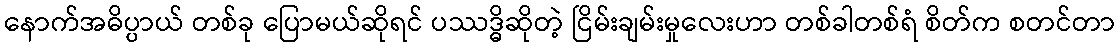
နောက်အဓိပ္ပာယ် တစ်ခု ပြောမယ်ဆိုရင် ပဿဒ္ဓိဆိုတဲ့ ငြိမ်းချမ်းမှုလေးဟာ တစ်ခါတစ်ရံ စိတ်က စတင်တာ